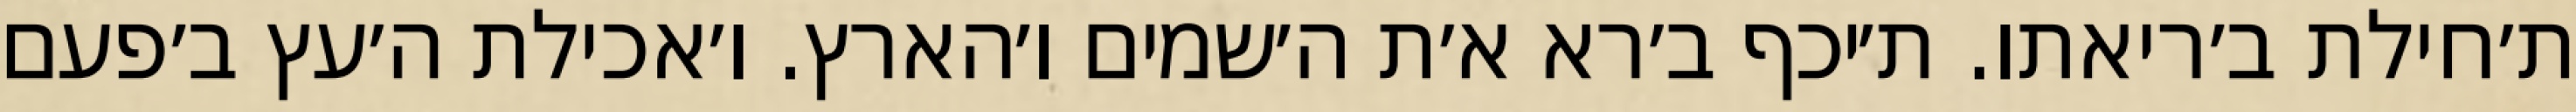
ת׳חילת ב׳ריאתו. ת׳יכף ב׳רא א׳ת ה׳שמים ו׳הארץ. ו׳אכילת ה׳עץ ב׳פעם